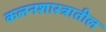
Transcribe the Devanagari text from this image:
कलनशास्त्रातील